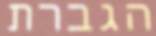
הגברת